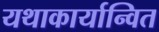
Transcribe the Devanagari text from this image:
यथाकार्यान्वित